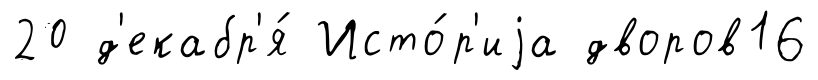
20 д'екабр'я́ Исто́р'иjа дворов16